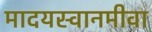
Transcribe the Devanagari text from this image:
मादयस्वानमीवा